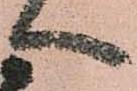
へ